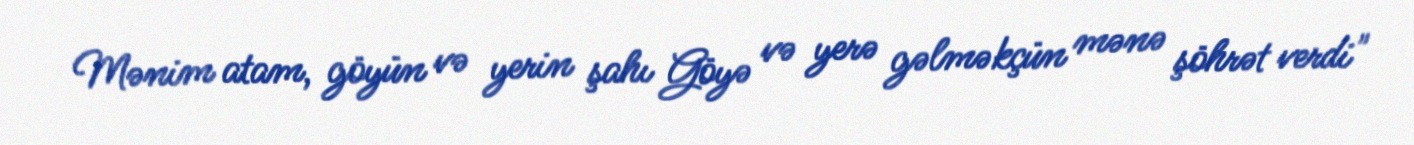
Mənim atam, göyün və yerin şahı Göyə və yerə gəlməkçün mənə şöhrət verdi"